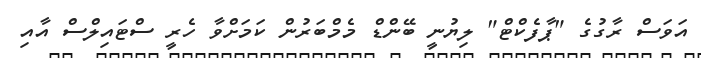
އަވަސް ރާގުގެ "ޕާފެކްޓް" ލިޔުނީ ބޭންޑް މެމްބަރުން ކަމަށްވާ ހެރީ ސްޓައިލްސް އާއި